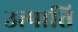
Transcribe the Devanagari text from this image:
उत्त्पात्ति